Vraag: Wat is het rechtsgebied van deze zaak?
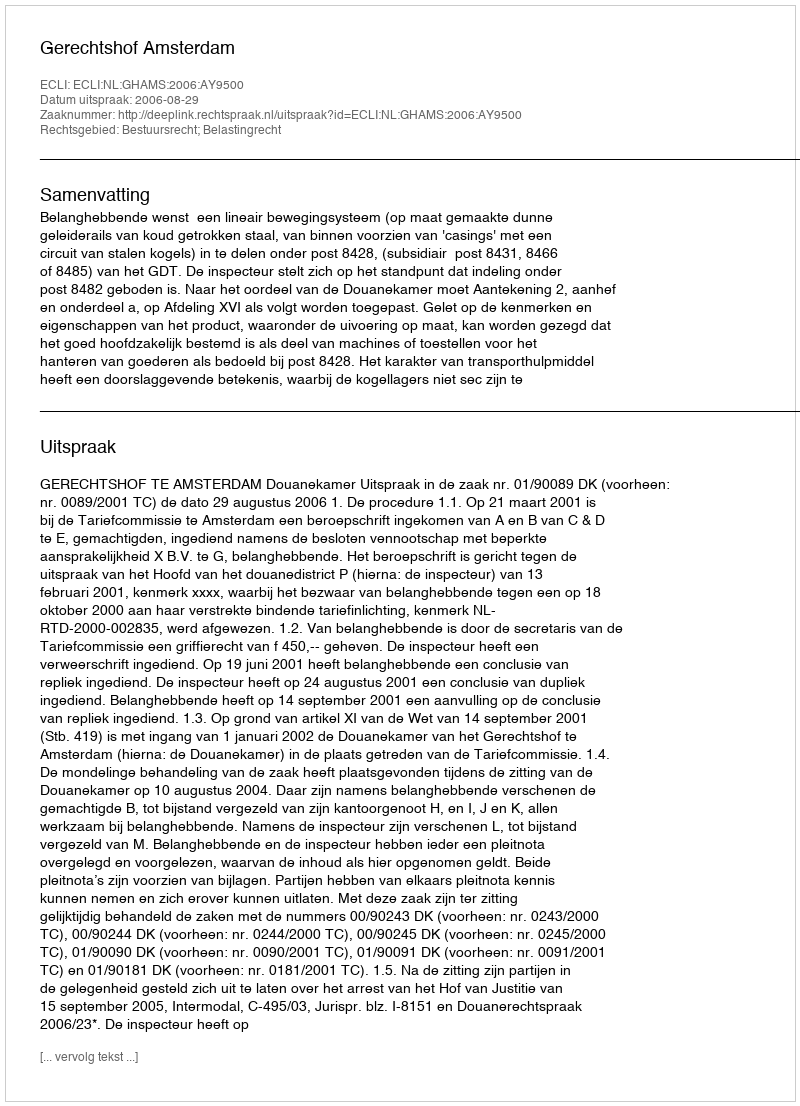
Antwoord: Bestuursrecht; Belastingrecht